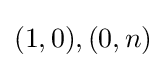
{\textstyle (1,0),(0,n)}